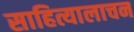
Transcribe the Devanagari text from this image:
साहित्यालाचन